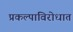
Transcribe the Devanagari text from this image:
प्रकल्पाविरोधात